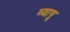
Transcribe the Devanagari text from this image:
व्यापू